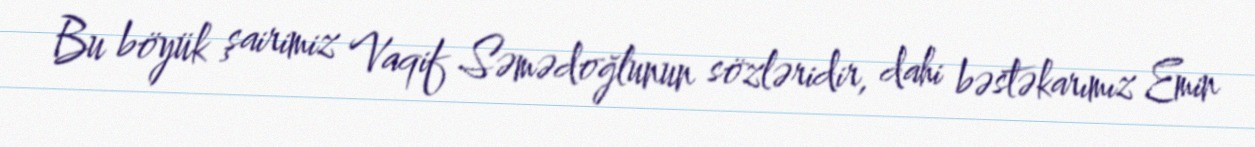
Bu böyük şairimiz Vaqif Səmədoğlunun sözləridir, dahi bəstəkarımız Emin